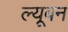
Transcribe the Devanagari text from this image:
ल्यूबन